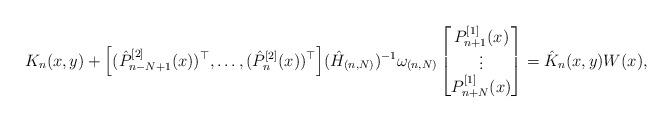
LaTeX: \begin{align*}K_{n}(x,y)+\Big[(\hat P_{n-N+1}^{[2]}(x))^\top,\dots,(\hat P_{n}^{[2]}(x))^\top\Big](\hat H_{(n,N)})^{-1}\omega_{(n,N)}\begin{bmatrix}P^{[1]}_{n+1}(x)\\\vdots\\P^{[1]}_{n+N}(x)\end{bmatrix}=\hat K_{n}(x,y)W(x),\end{align*}